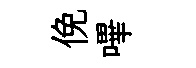
俛嗶